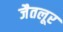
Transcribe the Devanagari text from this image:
जैतलूर